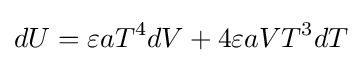
dU=\varepsilon aT^{4}dV+4\varepsilon aVT^{3}dT